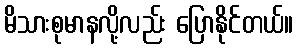
မိသားစုမာနလို့လည်း ပြောနိုင်တယ်။